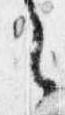
之